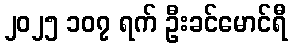
၂၀၂၅ ၁၀၇ ရက် ဦးခင်မောင်ရီ